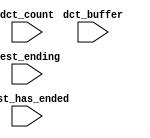
module ddr3_s4_uniphy_example_if0_p0_qsys_sequencer_cpu_inst_oci_test_bench (
                                                                              // inputs:
                                                                               dct_buffer,
                                                                               dct_count,
                                                                               test_ending,
                                                                               test_has_ended
                                                                            )
;

  input   [ 29: 0] dct_buffer;
  input   [  3: 0] dct_count;
  input            test_ending;
  input            test_has_ended;


endmodule